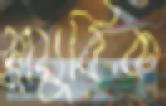
স্নায়ুবিক